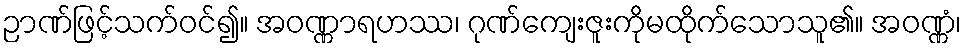
ဉာဏ်ဖြင့်သက်ဝင်၍။ အဝဏ္ဏာရဟဿ၊ ဂုဏ်ကျေးဇူးကိုမထိုက်သောသူ၏။ အဝဏ္ဏံ၊